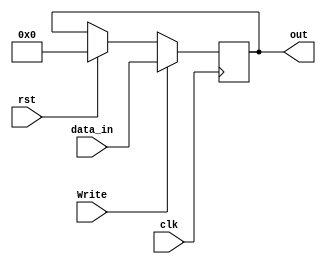
`timescale 1ns / 1ps
module MultOperand(input clk, input rst, input[7:0] data_in, input Write, output[7:0] out);
   
   reg[7:0] data;
   
   always@(posedge clk)
    begin
      if(rst)
        data <= 8'd0;
      if(Write)
        data <= data_in;
    end
        
  assign out = data;
        
endmodule